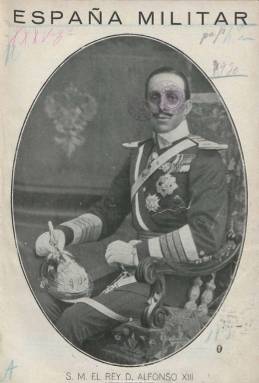
Título: España militar (Cuenca)
Colección: Fuerzas armadas
Ámbito geográfico: Cuenca
Lugar de publicación: Cuenca
Fechas: 01/01/1930-01/03/1931

Revista profesional de la Escala de Reserva del Ejército, que funda y dirige el entonces teniente de Infantería de dicha escala y secretario del Gobierno Militar de Cuenca Antonio Algarra Ráfegas. Aparece el uno de julio de 1928, con periodicidad quincenal, que después será mensual, siendo su redactor-jefe Manuel Serrano del Cid. Editada en Cuenca, su difusión es nacional y en ella colaboran jefes y oficiales militares destinados en las diversas provincias españolas, destacando entre ellos el teniente de artillería Antonio Sánchez Bravo. Cuando es mensual, su paginación supera a veces el centenar de páginas y está compuesta a una columna.

Considerándose a sí mismo su director y propietario como hombre “amante del orden, de la cultura [y] de la dignificación de nuestra colectividad”, la revista inserta artículos de carácter general (divulgación varia, turismo, arte, etc.), de creación literaria (poemas, fábulas y narraciones), junto a los de carácter estrictamente castrense (anecdotarios, semblanzas, temas marroquíes, y de técnica, ingeniería, geografía y literatura militar, etc.), dedicando una sección a las disposiciones oficiales que afectan a la Escala de Reserva y especial atención a los asuntos profesionales de esta. Inserta fotografías, principalmente retratos de altos jefes del Ejército, así como dibujos técnicos y publicidad comercial de carácter nacional.

El último número de la colección de la Biblioteca Nacional de España corresponde a marzo de 1931. Se desconoce si publicó algún número más. La colección de la Biblioteca Pública de Cuenca está casi completa. Algarra Ráfegas, ya con el empleo de coronel, será autor en 1958 de unos Guiones patrióticos.